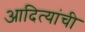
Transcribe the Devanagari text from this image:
आदित्यांची